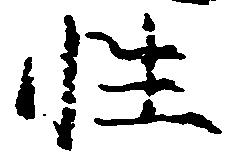
性